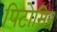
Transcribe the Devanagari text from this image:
पिटोसिन